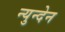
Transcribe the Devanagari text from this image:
न्युन्देन